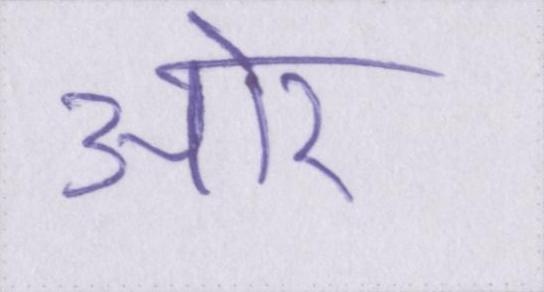
आ॓र